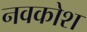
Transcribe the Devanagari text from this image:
नवकोश